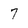
Character: 7